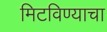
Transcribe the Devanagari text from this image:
मिटविण्याचा